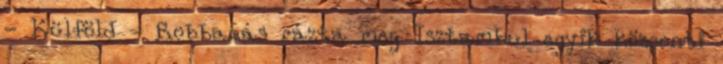
- Külföld - Robbanás rázta meg Isztambul egyik központi